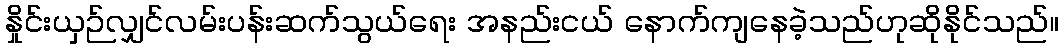
နှိုင်းယှဉ်လျှင်လမ်းပန်းဆက်သွယ်ရေး အနည်းငယ် နောက်ကျနေခဲ့သည်ဟုဆိုနိုင်သည်။